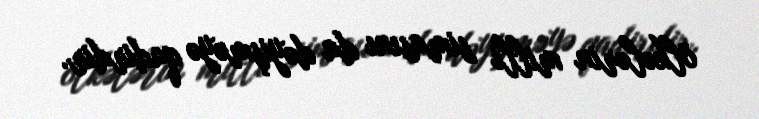
ölkələrin milli simasını da dəyişməyə qadirdir.